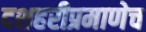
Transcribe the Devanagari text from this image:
दशहरीप्रमाणेच